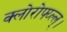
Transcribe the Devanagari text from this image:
क्लोरोफ्य्ल्ल्।